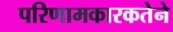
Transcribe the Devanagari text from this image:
परिणामकारकतेने